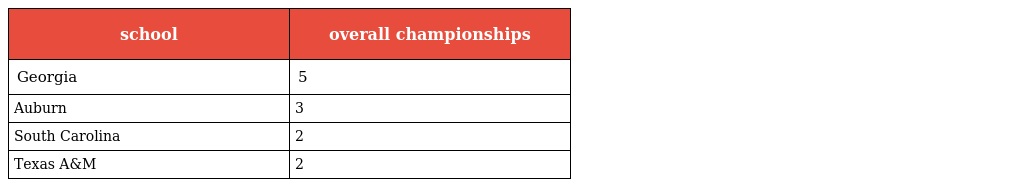
| school | overall championships |
 | --- | --- |
 | Georgia | 5 |
 | Auburn | 3 |
 | South Carolina | 2 |
 | Texas A&M | 2 |